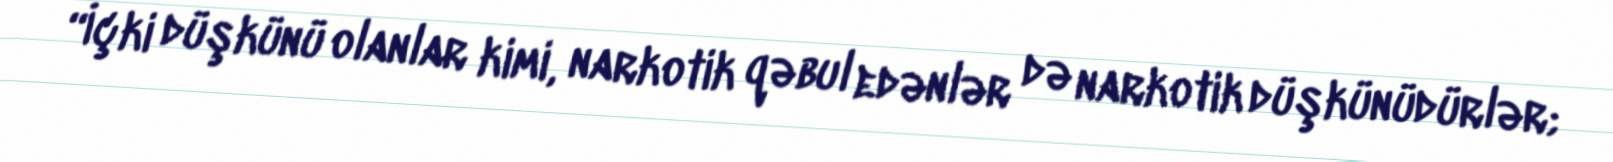
“İçki düşkünü olanlar kimi, narkotik qəbul edənlər də narkotik düşkünüdürlər;